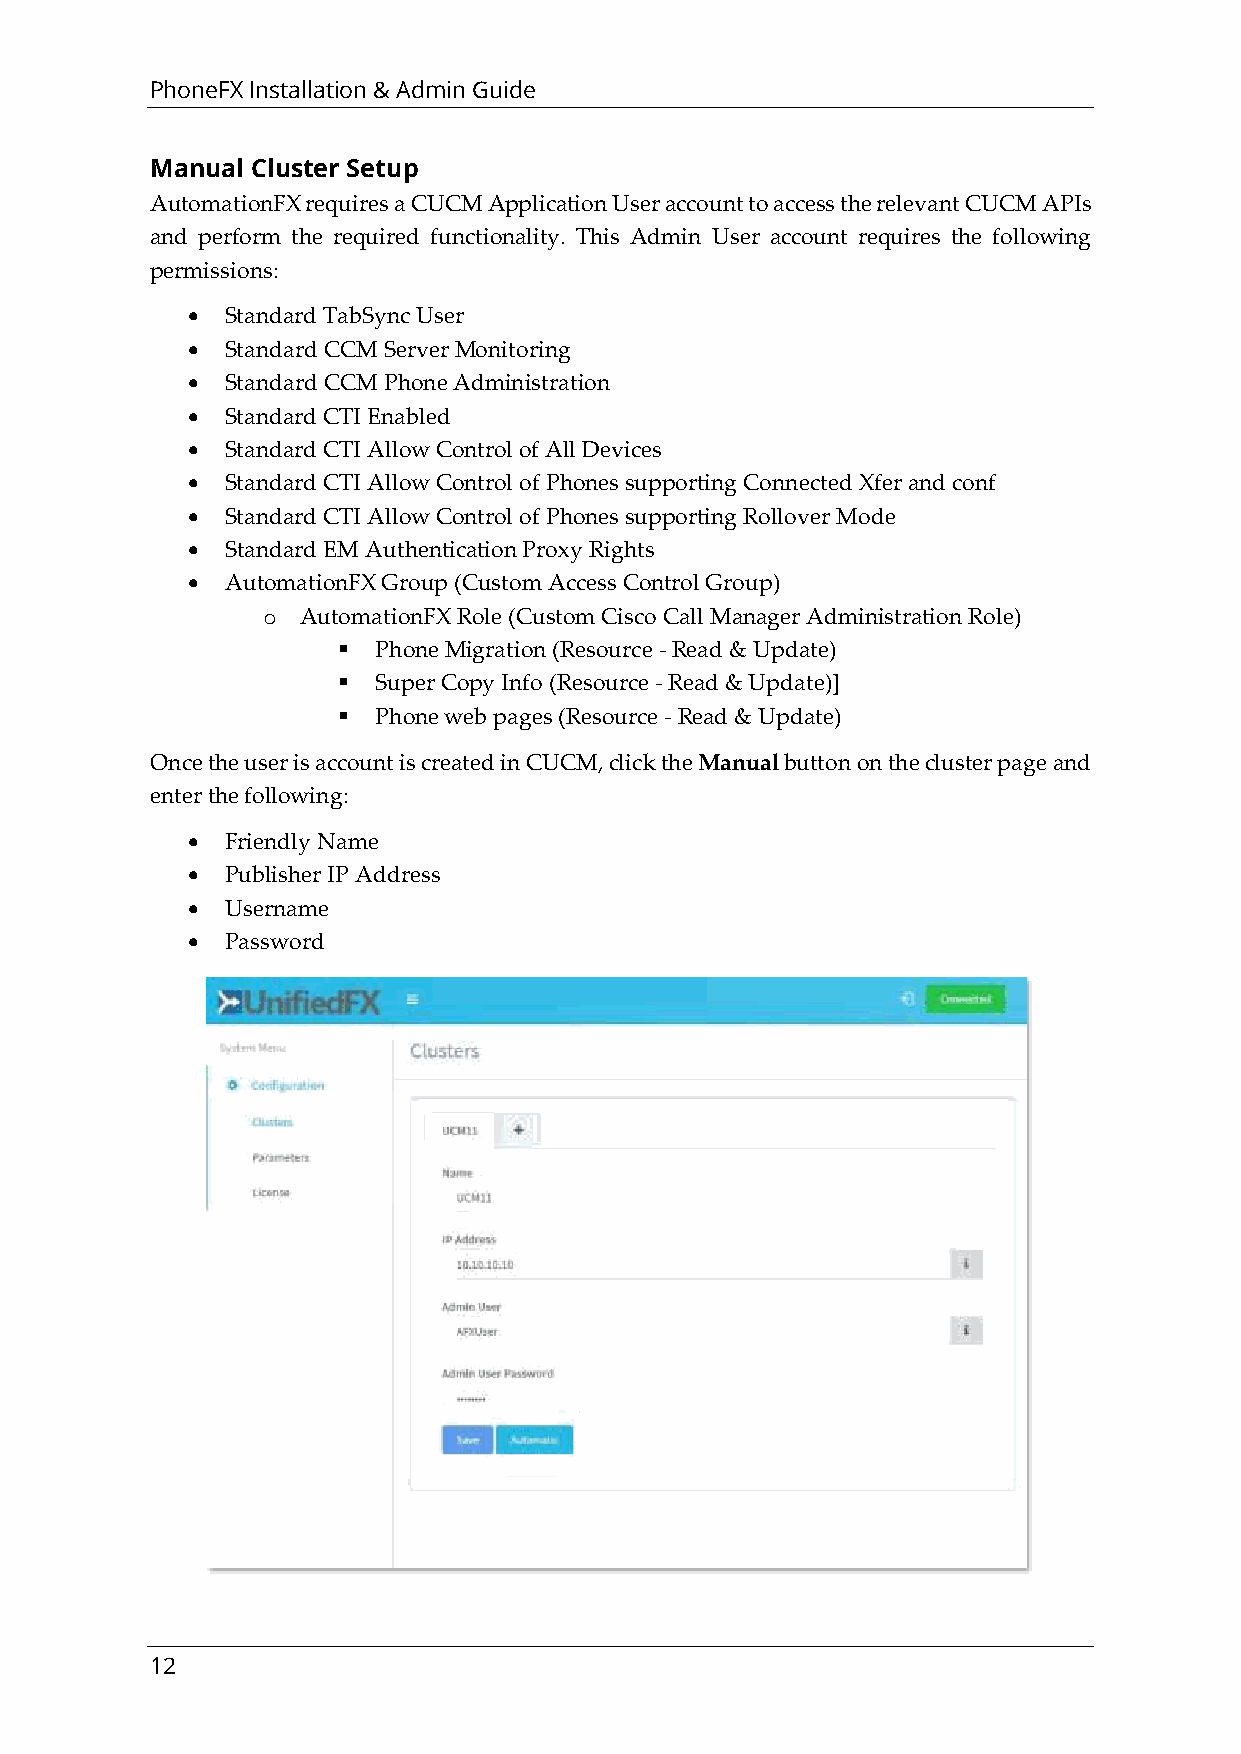
PhoneFX Installation & Admin Guide
 Manual Cluster Setup
 AutomationFX requires a CUCM Application User account to access the relevant CUCM APIs
 and perform the required functionality. This Admin User account requires the following
 permissions:
 •  Standard TabSync User
 •  Standard CCM Server Monitoring
 •  Standard CCM Phone Administration
 •  Standard CTI Enabled
 •  Standard CTI Allow Control of All Devices
 •  Standard CTI Allow Control of Phones supporting Connected Xfer and conf
 •  Standard CTI Allow Control of Phones supporting Rollover Mode
 •  Standard EM Authentication Proxy Rights
 •  AutomationFX Group (Custom Access Control Group)
 o  AutomationFX Role (Custom Cisco Call Manager Administration Role)
 ▪  Phone Migration (Resource - Read & Update)
 ▪  Super Copy Info (Resource - Read & Update)]
 ▪  Phone web pages (Resource - Read & Update)
 Once the user is account is created in CUCM, click the Manual button on the cluster page and
 enter the following:
 •  Friendly Name
 •  Publisher IP Address
 •  Username
 •  Password
 12